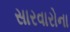
સારવારોના